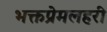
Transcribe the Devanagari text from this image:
भक्तप्रेमलहरी